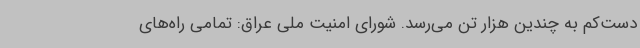
دست‌کم به چندین هزار تن می‌رسد. شورای امنیت ملی عراق: تمامی راه‌های